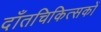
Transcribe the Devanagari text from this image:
दाँतचिकित्सकों